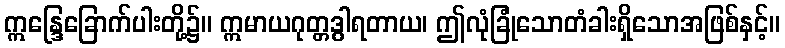
ဣန္ဒြေခြောက်ပါးတို့၌။ ဣမာယဂုတ္တဒွါရတာယ၊ ဤလုံခြုံသောတံခါးရှိသောအဖြစ်နှင့်။